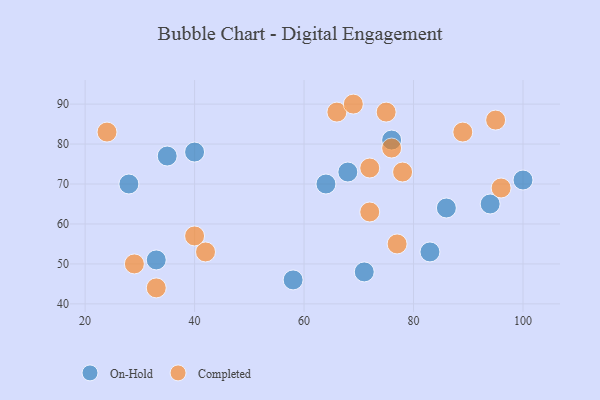
{"axis": {"x": "GDP", "y": "Life Expectancy"}, "legend": ["Completed", "On-Hold"], "data": [{"x": "35", "y": 77, "type": "On-Hold"}, {"x": "40", "y": 78, "type": "On-Hold"}, {"x": "64", "y": 70, "type": "On-Hold"}, {"x": "71", "y": 48, "type": "On-Hold"}, {"x": "94", "y": 65, "type": "On-Hold"}, {"x": "83", "y": 53, "type": "On-Hold"}, {"x": "86", "y": 64, "type": "On-Hold"}, {"x": "100", "y": 71, "type": "On-Hold"}, {"x": "68", "y": 73, "type": "On-Hold"}, {"x": "33", "y": 51, "type": "On-Hold"}, {"x": "58", "y": 46, "type": "On-Hold"}, {"x": "28", "y": 70, "type": "On-Hold"}, {"x": "76", "y": 81, "type": "On-Hold"}, {"x": "33", "y": 44, "type": "Completed"}, {"x": "72", "y": 63, "type": "Completed"}, {"x": "96", "y": 69, "type": "Completed"}, {"x": "66", "y": 88, "type": "Completed"}, {"x": "24", "y": 83, "type": "Completed"}, {"x": "89", "y": 83, "type": "Completed"}, {"x": "77", "y": 55, "type": "Completed"}, {"x": "78", "y": 73, "type": "Completed"}, {"x": "72", "y": 74, "type": "Completed"}, {"x": "95", "y": 86, "type": "Completed"}, {"x": "42", "y": 53, "type": "Completed"}, {"x": "29", "y": 50, "type": "Completed"}, {"x": "75", "y": 88, "type": "Completed"}, {"x": "69", "y": 90, "type": "Completed"}, {"x": "76", "y": 79, "type": "Completed"}, {"x": "40", "y": 57, "type": "Completed"}]}